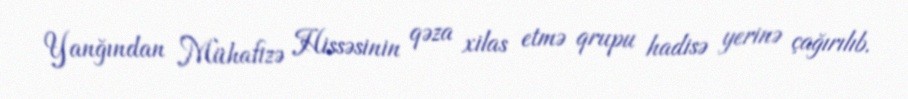
Yanğından Mühafizə Hissəsinin qəza xilas etmə qrupu hadisə yerinə çağırılıb.